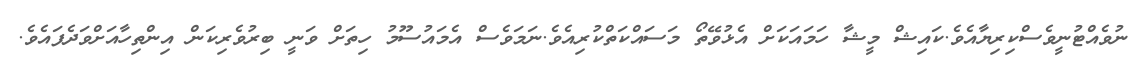
ނުވެއްޓުނީވެސްކިރިޔާއެވެ.ކައިޝް މީޝާ ހަމައަކަށް އެޅުވޭތޯ މަސައްކަތްކުރިއެވެ.ނަމަވެސް އެމައުސޫމު ހިތަށް ވަނީ ބިރުވެރިކަން އިންތިހާއަށްވަދެފައެވެ.